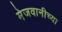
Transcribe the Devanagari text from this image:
मेजवानीच्या